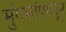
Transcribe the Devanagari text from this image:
मुंगसांपासून